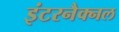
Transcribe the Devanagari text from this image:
इंटरनैक्नल